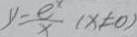
y \frac { - e ^ { x } } { x } ( x \neq 0 )